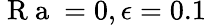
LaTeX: \mathrm{~R~a~}=0,\epsilon=0.1